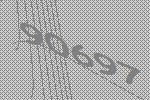
90697